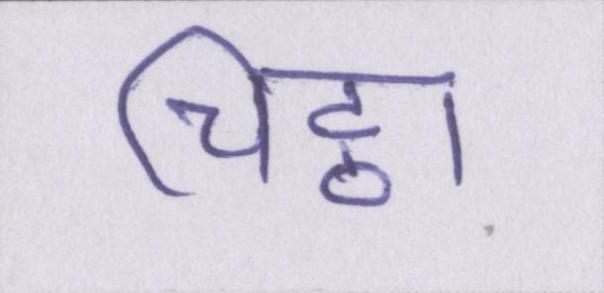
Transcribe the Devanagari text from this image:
चिट्ठा